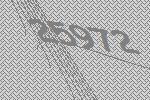
25972